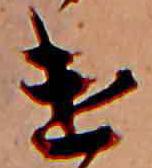
け